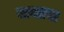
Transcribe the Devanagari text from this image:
जयास